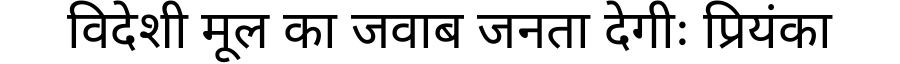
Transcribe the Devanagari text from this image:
विदेशी मूल का जवाब जनता देगीः प्रियंका